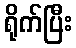
ရိုက်ပြီး